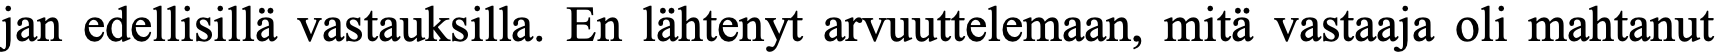
jan edellisillä vastauksilla. En lähtenyt arvuuttelemaan, mitä vastaaja oli mahtanut